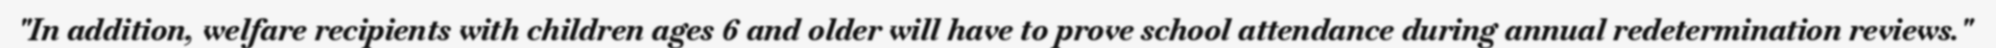
"In addition, welfare recipients with children ages 6 and older will have to prove school attendance during annual redetermination reviews."